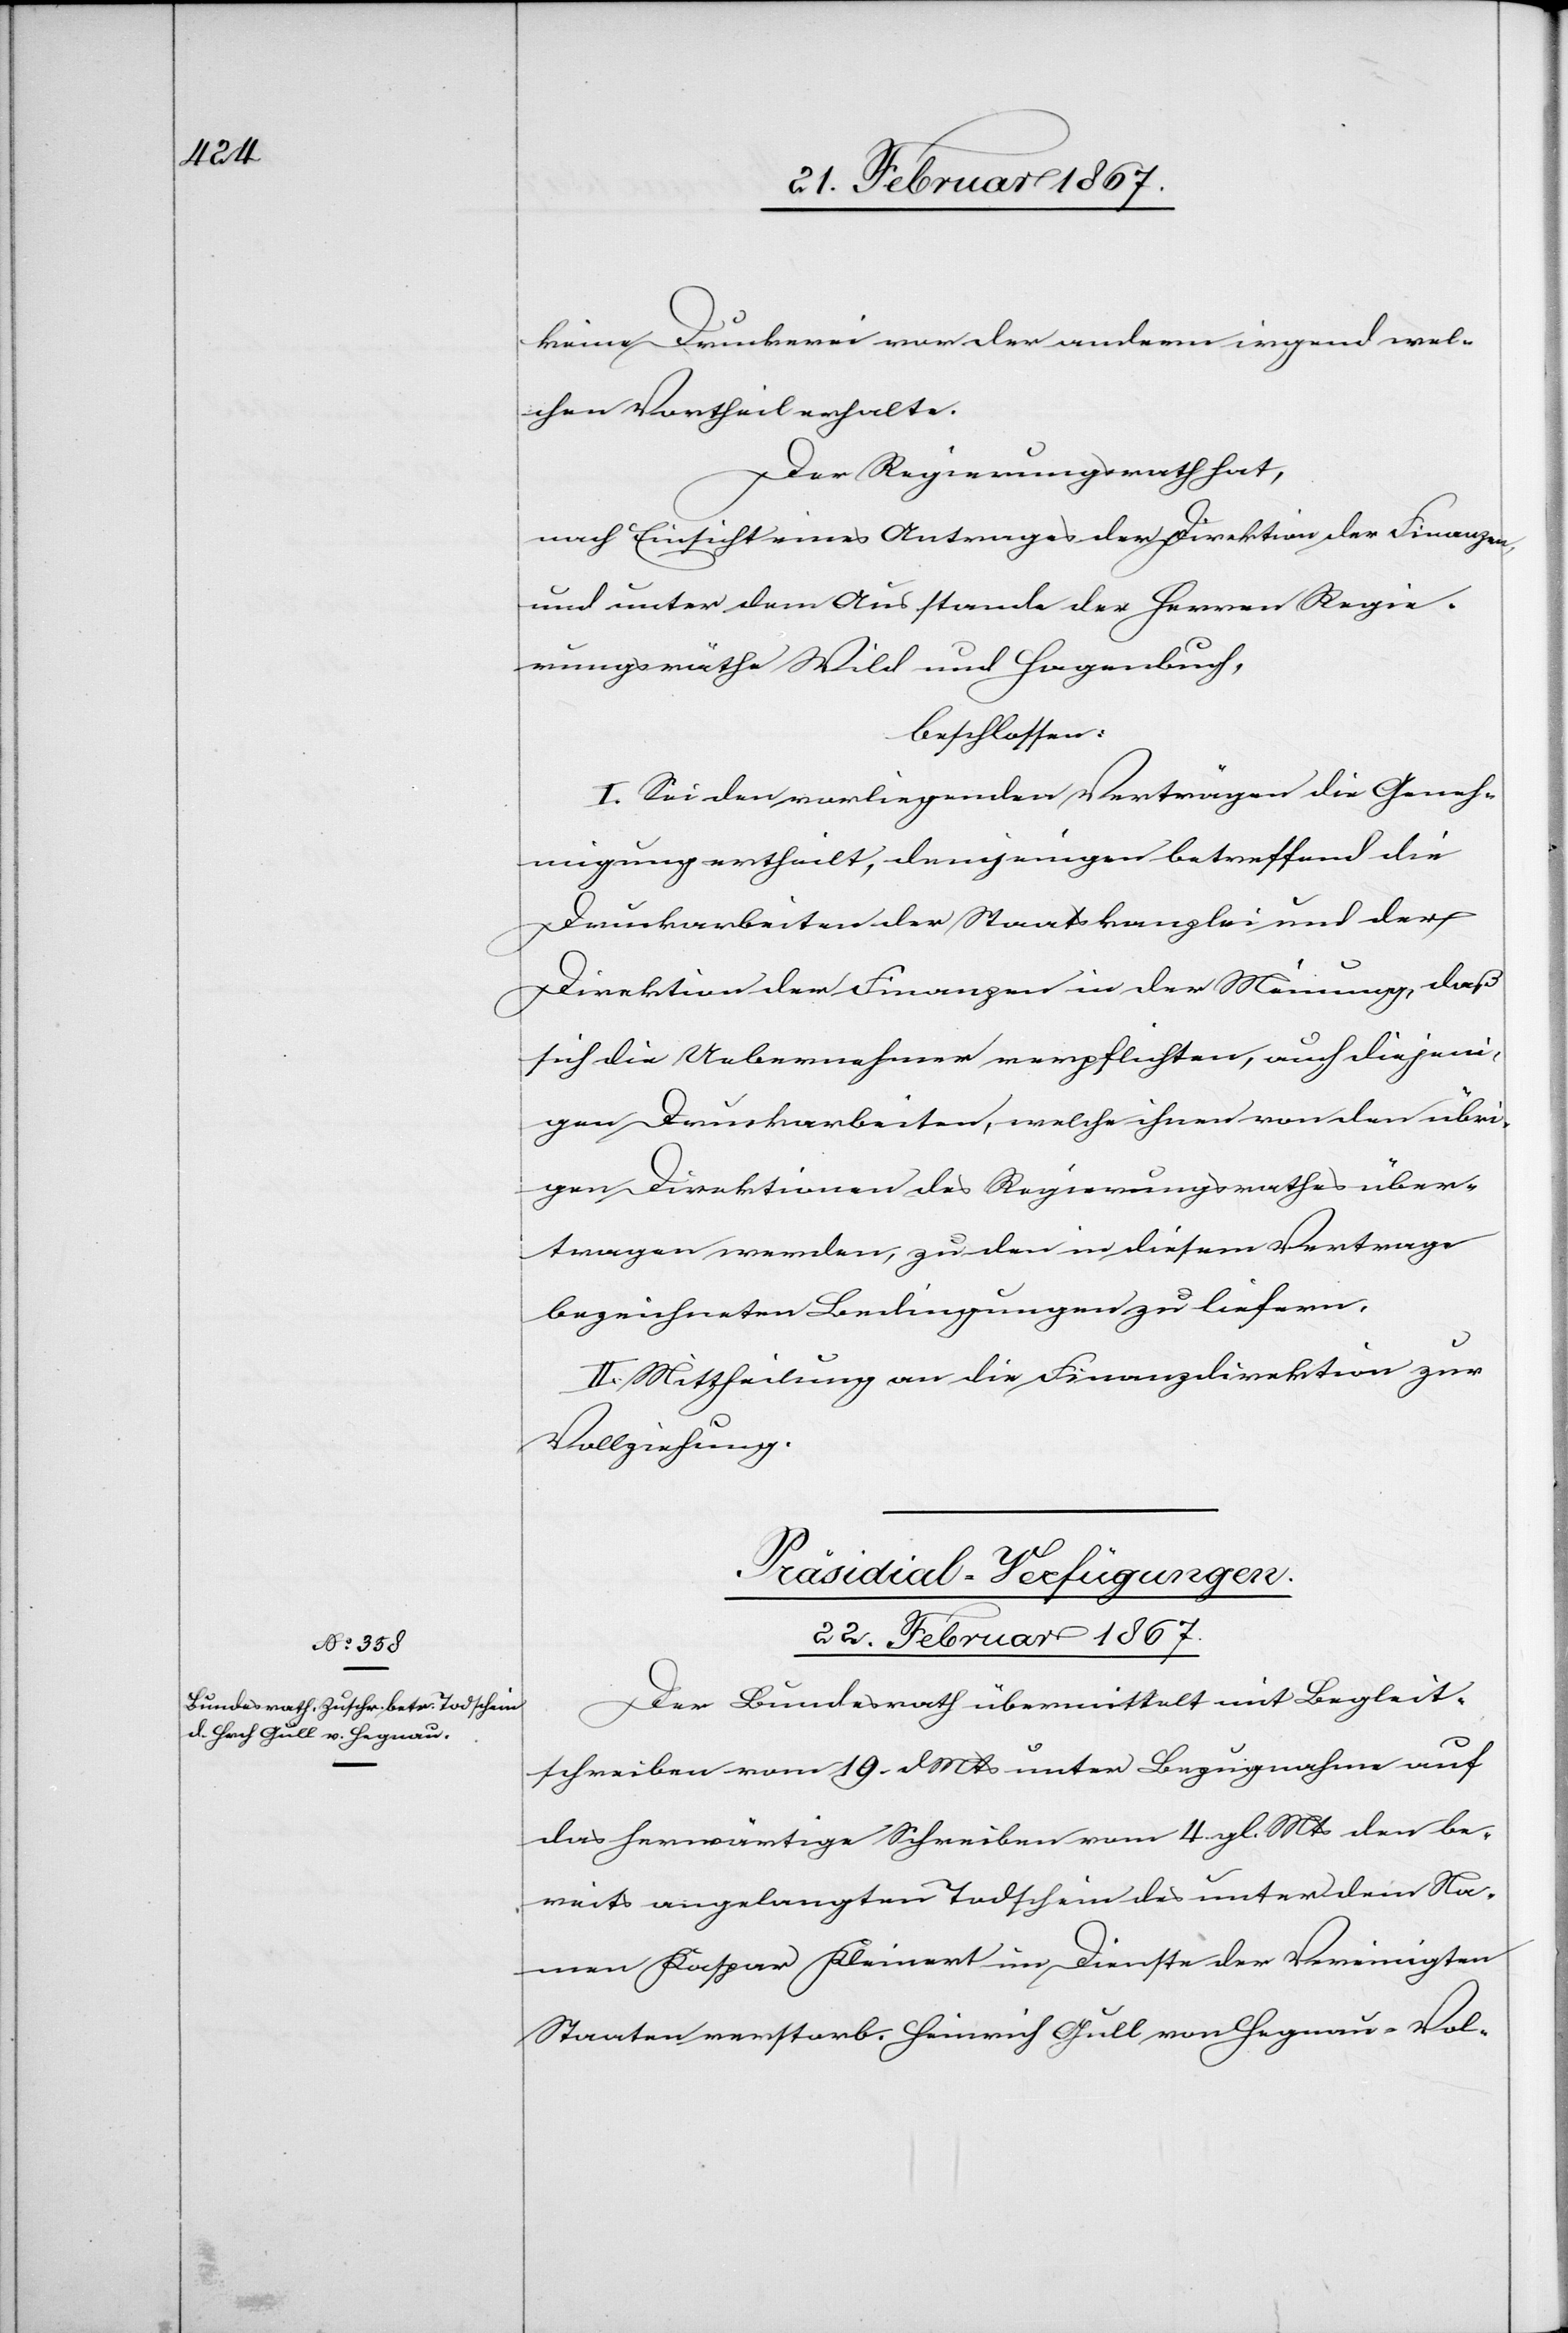
keine Druckerei vor der andern irgend wel¬
chen Vortheil erhalte.
Der Regierungsrath hat,
nach Einsicht eines Antrages der Direktion der Finanzen,
und unter dem Ausstande der Herren Regie¬
rungsräthe Wild und Hagenbuch,
beschlossen:
I. Sei den vorliegenden Verträgen die Geneh¬
migung ertheilt, denjenigen betreffend die
Druckarbeiten der Staatskanzlei und der
Direktion der Finanzen in der Meinung, daß
sich die Uebernehmer verpflichten, auch diejeni¬
gen Druckarbeiten, welche ihnen von den übri¬
gen Direktionen des Regierungsrathes über¬
tragen werden, zu den in diesem Vertrage
bezeichneten Bedingungen zu liefern.
II. Mittheilung an die Finanzdirektion zur
Vollziehung.
Präsidial-Verfügungen.
22. Februar 1867.
Der Bundesrath übermittelt mit Begleit¬
schreiben vom 19. d. Mts unter Bezugnahme auf
das herwärtige Schreiben vom 4. gl. Mts den be¬
reits angelangten Todschein des unter dem Na¬
men Kaspar Kleinert im Dienste der Vereinigten
Staaten verstorb. Heinrich Gull von Hegnau-Vol-